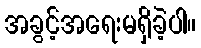
အခွင့်အရေးမရှိခဲ့ပါ။